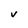
Character: v